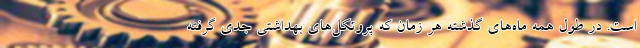
است. در طول همه ماه‌های گذشته هر زمان که پروتکل‌های بهداشتی جدی گرفته